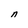
Character: n